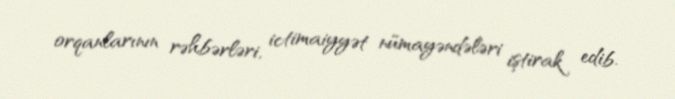
orqanlarının rəhbərləri, ictimaiyyət nümayəndələri iştirak edib.